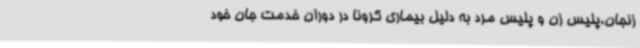
زنجان،پلیس زن و پلیس مرد به دلیل بیماری کرونا در دوران خدمت جان خود